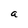
Character: a